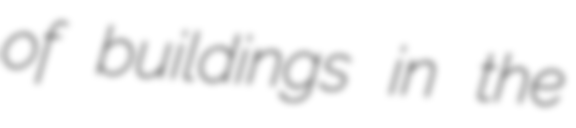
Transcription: of buildings in the